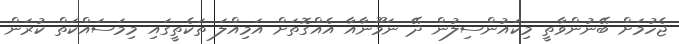
ޖެހުމަށް ބޭނުންވާތީ މިކައުންސިލުން ދޭ ނަމޫނާއާ އެއްގޮތަށް އަމިއްލަ ތަކެތީގައި މިމަސައްކަތް ކުރަން